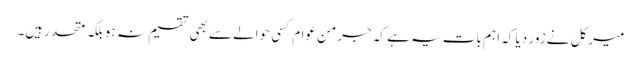
میرکل نے زور دیا کہ اہم بات یہ ہے کہ جرمن عوام کسی حوالے سے بھی تقسیم نہ ہو بلکہ متحد رہیں۔